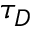
\tau _ { D }